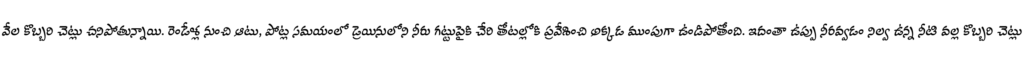
వేల కొబ్బరి చెట్లు చనిపోతున్నాయి. రెండేళ్ల నుంచి ఆటు, పోట్ల సమయంలో డ్రెయినులోని నీరు గట్టుపైకి చేరి తోటల్లోకి ప్రవేశించి అక్కడ ముంపుగా ఉండిపోతోంది. ఇదంతా ఉప్పు నీరవ్వడం నిల్వ ఉన్న నీటి వల్ల కొబ్బరి చెట్లు